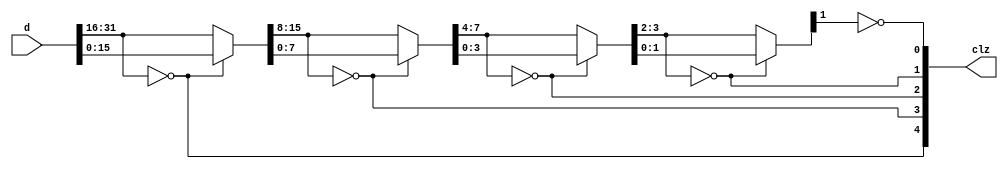
module pfpu_clz32(
	input [31:0] d,
	output [4:0] clz
);

assign clz[4] = d[31:16] == 16'd0;
wire [15:0] d1 = clz[4] ? d[15:0] : d[31:16];

assign clz[3] = d1[15:8] == 8'd0;
wire [7:0] d2 = clz[3] ? d1[7:0] : d1[15:8];

assign clz[2] = d2[7:4] == 4'd0;
wire [3:0] d3 = clz[2] ? d2[3:0] : d2[7:4];

assign clz[1] = d3[3:2] == 2'd0;
wire [1:0] d4 = clz[1] ? d3[1:0] : d3[3:2];

assign clz[0] = d4[1] == 1'b0;

endmodule